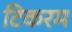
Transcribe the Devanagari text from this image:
टिकरम